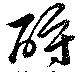
酧